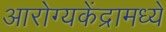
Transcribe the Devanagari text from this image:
आरोग्यकेंद्रामध्ये